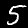
Label: 5